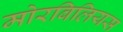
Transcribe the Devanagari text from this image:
मोरबिलियस